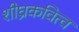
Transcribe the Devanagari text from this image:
शीघ्रकवित्व